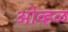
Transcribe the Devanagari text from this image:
ओव्हळ